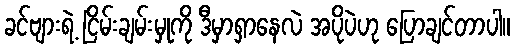
ခင်ဗျားရဲ့ ငြိမ်းချမ်းမှုကို ဒီမှာရှာနေလဲ အပိုပဲဟု ပြောချင်တာပါ။